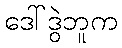
ဒေါ်ဒွဲဘူက